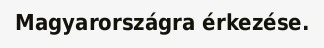
Magyarországra érkezése.